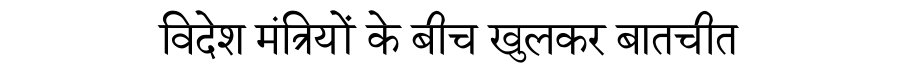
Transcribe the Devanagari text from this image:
विदेश मंत्रियों के बीच खुलकर बातचीत